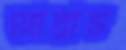
নোরাড